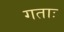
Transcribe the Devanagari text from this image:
गताः